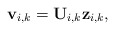
\begin{align*}\mathbf{v}_{i,k} = \mathbf{U}_{i,k}\mathbf{z}_{i,k},\end{align*}